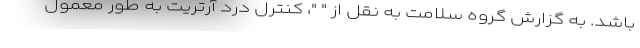
باشد. به گزارش گروه سلامت به نقل از " "، کنترل درد آرتریت به طور معمول